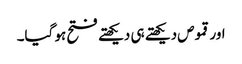
اور قموص دیکھتے ہی دیکھتے فتح ہو گیا۔